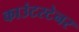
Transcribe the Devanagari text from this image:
काउंटरटेनर